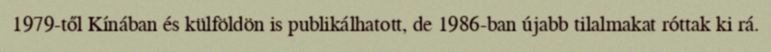
1979-től Kínában és külföldön is publikálhatott, de 1986-ban újabb tilalmakat róttak ki rá.